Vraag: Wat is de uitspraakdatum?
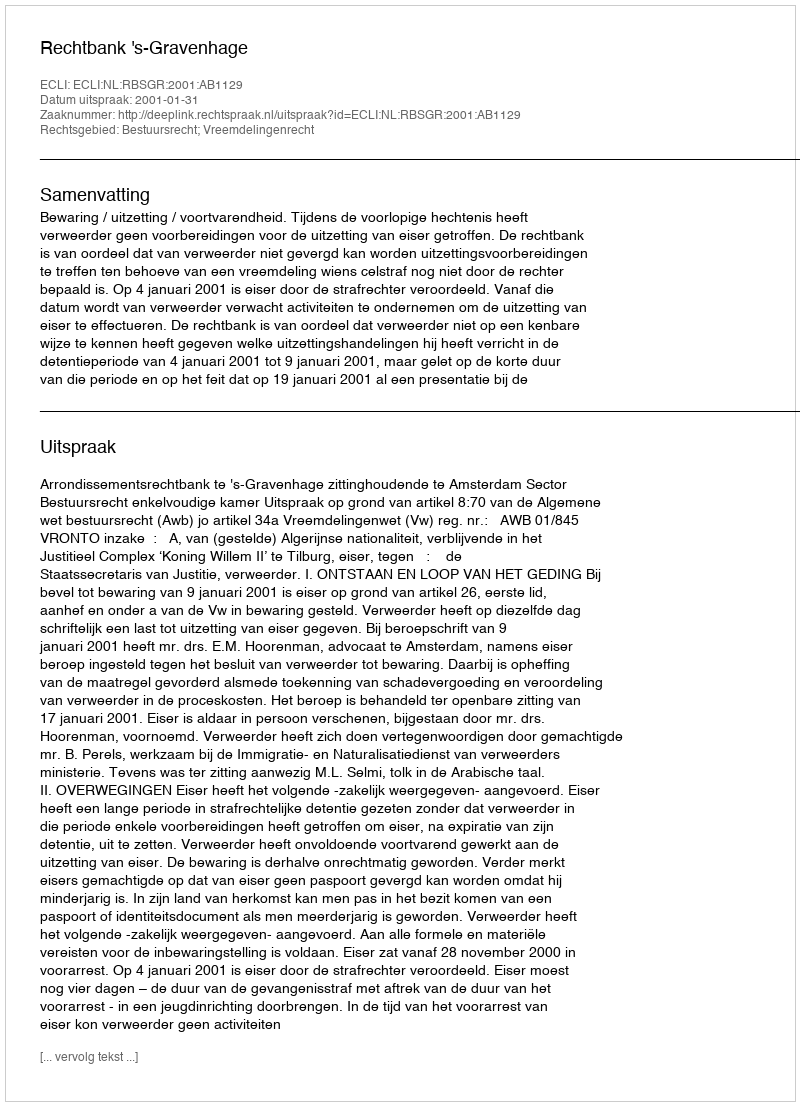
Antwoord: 2001-01-31